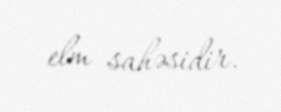
elm sahəsidir.